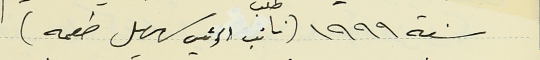
سنة ١٩٩٩ (طلب نائب الرئيس سهيل طعمه)